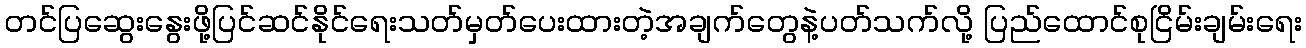
တင်ပြဆွေးနွေးဖို့ပြင်ဆင်နိုင်ရေးသတ်မှတ်ပေးထားတဲ့အချက်တွေနဲ့ပတ်သက်လို့ ပြည်ထောင်စုငြိမ်းချမ်းရေး